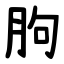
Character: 胊